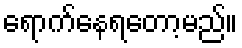
ရောက်နေရတော့မည်။